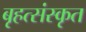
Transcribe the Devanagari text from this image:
बृहत्संस्कृत